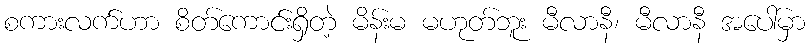
စကားလက်ဟာ စိတ်ကောင်းရှိတဲ့ မိန်းမ မဟုတ်ဘူး မီလာနီ၊ မီလာနီ အပေါ်မှာ